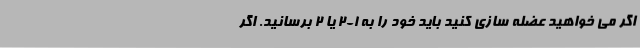
اگر می خواهید عضله سازی کنید باید خود را به 1-2 یا 2 برسانید. اگر